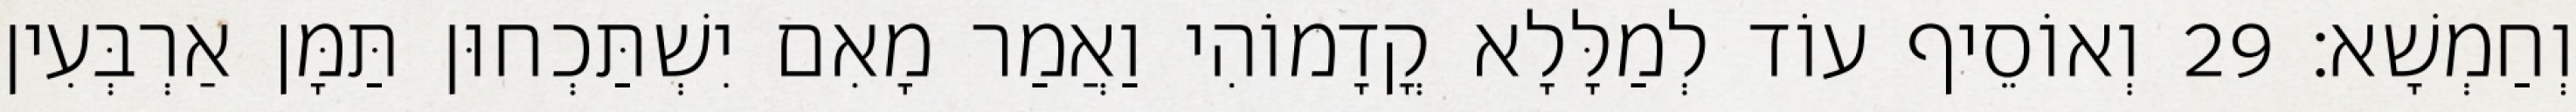
וְחַמְשָׁא׃ 29 וְאוֹסֵיף עוֹד לְמַלָּלָא קֳדָמוֹהִי וַאֲמַר מָאִם יִשְׁתַּכְחוּן תַּמָּן אַרְבְּעִין